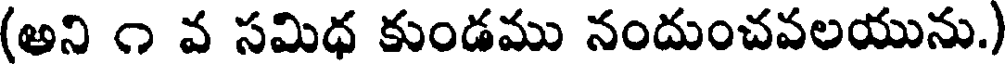
(అని ౧ వ సమిధ కుండము నందుంచవలయును.)